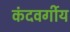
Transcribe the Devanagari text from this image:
कंदवर्गीय